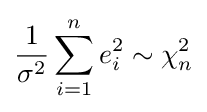
{\frac {1}{\sigma ^{2}}}\sum _{i=1}^{n}e_{i}^{2}\sim \chi _{n}^{2}